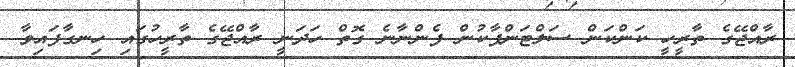
ރާއްޖޭގެ ތާރީހީ ކަންކަން ސަލްޓަންޕާކުން ފެންނާނެ ގޮތް ހަދަނީ ރާއްޖޭގެ ތާރީހުގައި ހިނގާފައިވާ